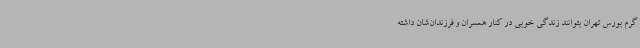
گرم بورس تهران بتوانند زندگی خوبی در کنار همسران و فرزندان‌شان داشته